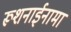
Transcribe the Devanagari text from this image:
रूशनाईनामा